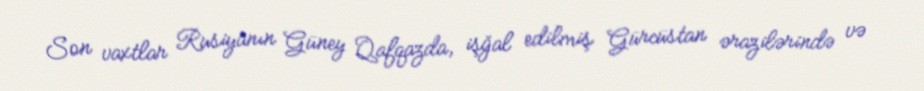
Son vaxtlar Rusiyanın Güney Qafqazda, işğal edilmiş Gürcüstan ərazilərində və